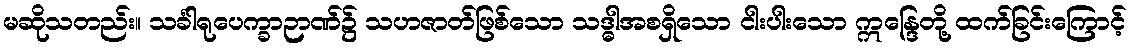
မဆိုသတည်း။ သင်္ခါရုပေက္ခာဉာဏ်၌ သဟဇာတ်ဖြစ်သော သဒ္ဓါအစရှိသော ငါးပါးသော ဣန္ဒြေတို့ ထက်ခြင်းကြောင့်